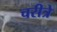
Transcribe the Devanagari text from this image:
चरीत्रे